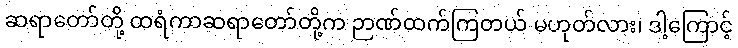
ဆရာတော်တို့ ထရံကာဆရာတော်တို့က ဉာဏ်ထက်ကြတယ် မဟုတ်လား၊ ဒါ့ကြောင့်